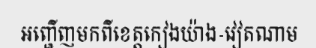
អញ្ជើញមកពីខេត្តកៀងយ៉ាង-វៀតណាម